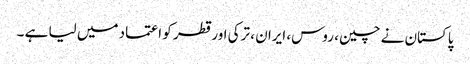
پاکستان نے چین ، روس، ایران ، ترکی اور قطر کو اعتماد میں لیا ہے ۔